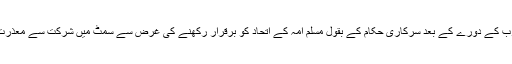
تاہم، سعودی عرب کے دورے کے بعد سرکاری حکام کے بقول مسلم امہ کے اتحاد کو برقرار رکھنے کی غرض سے سمٹ میں شرکت سے معذرت کرلی گئی ہے۔